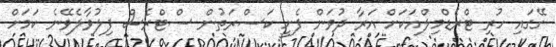
ގޭގައި ހުރި ޓްރެޑްމިލްއަކަށް އަރާ ދުވަން ފެށީ ކަސްރަތުން ސްޓްރެސް ފިލުވާލެވޭނެ ކަމަށް